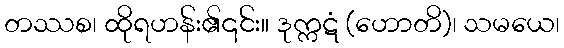
တဿစ၊ ထိုရဟန်း၏၎င်း။ ဒုက္ကဋံ (ဟောတိ)၊ သမယေ၊